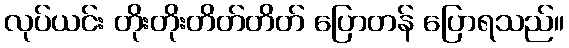
လုပ်ယင်း တိုးတိုးတိတ်တိတ် ပြောတန် ပြောရသည်။